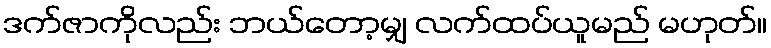
ဒက်ဇာကိုလည်း ဘယ်တော့မျှ လက်ထပ်ယူမည် မဟုတ်။